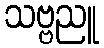
သဗ္ဗညူ